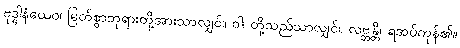
ဗုဒ္ဓါနံယေဝ၊ မြတ်စွာဘုရားတို့အားသာလျှင်။ ဝါ၊ တို့သည်သာလျှင်။ လဗ္ဘန္တိ၊ ရအပ်ကုန်၏။